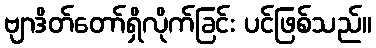
ဗျာဒိတ်တော်ရှိလိုက်ခြင်း ပင်ဖြစ်သည်။